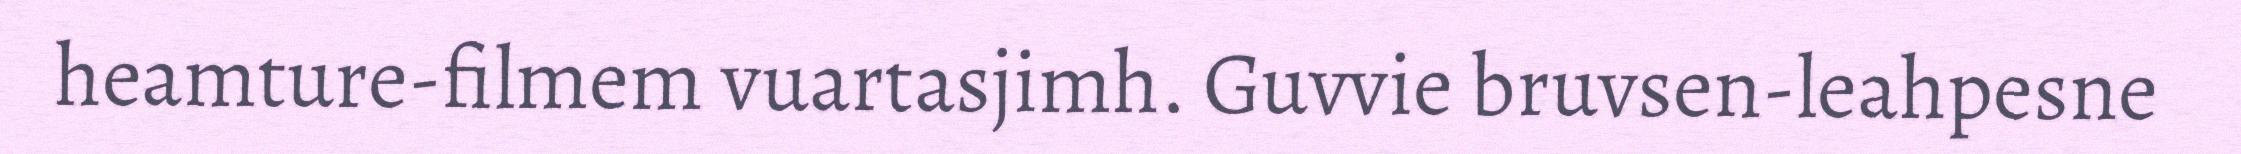
heamture-filmem vuartasjimh. Guvvie bruvsen-leahpesne